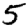
Digit: 5